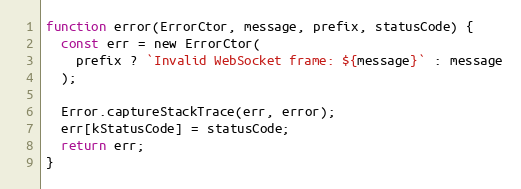
Language: JavaScript
function error(ErrorCtor, message, prefix, statusCode) {
  const err = new ErrorCtor(
    prefix ? `Invalid WebSocket frame: ${message}` : message
  );

  Error.captureStackTrace(err, error);
  err[kStatusCode] = statusCode;
  return err;
}